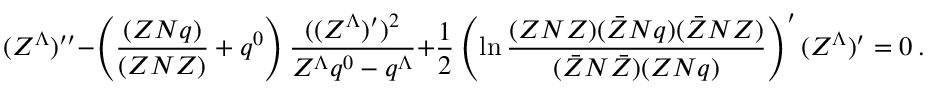
( Z ^ { \Lambda } ) ^ { \prime \prime } - \left( { \frac { ( Z N q ) } { ( Z N Z ) } } + q ^ { 0 } \right) { \frac { ( ( Z ^ { \Lambda } ) ^ { \prime } ) ^ { 2 } } { Z ^ { \Lambda } q ^ { 0 } - q ^ { \Lambda } } } + { \frac { 1 } { 2 } } \left( \ln { \frac { ( Z N Z ) ( \bar { Z } N q ) ( \bar { Z } N Z ) } { ( \bar { Z } N \bar { Z } ) ( Z N q ) } } \right) ^ { \prime } ( Z ^ { \Lambda } ) ^ { \prime } = 0 \ .